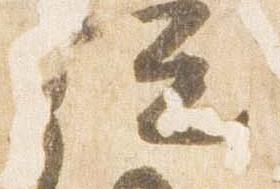
従